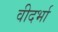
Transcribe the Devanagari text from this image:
वीदर्भा